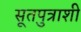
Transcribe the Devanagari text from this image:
सूतपुत्राशी